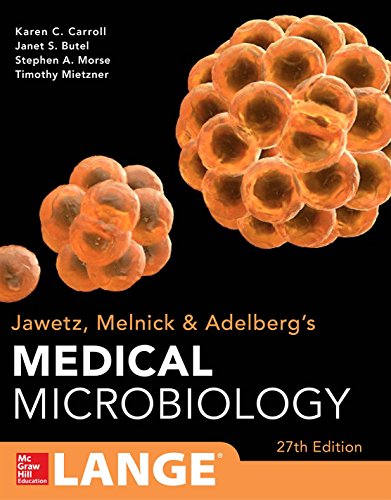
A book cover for Jawetz Melnick & Adelbergs Medical Microbiology 27 E (Lange); Karen C. Carroll; Medical Books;